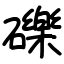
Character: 礫